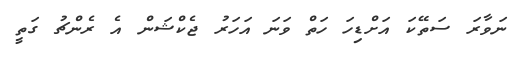
ނަވާރަ ސަތޭކަ އަށްޑިހަ ހަތް ވަނަ އަހަރު ޖެކްޝަން އެ ރެންޗު ގަތީ